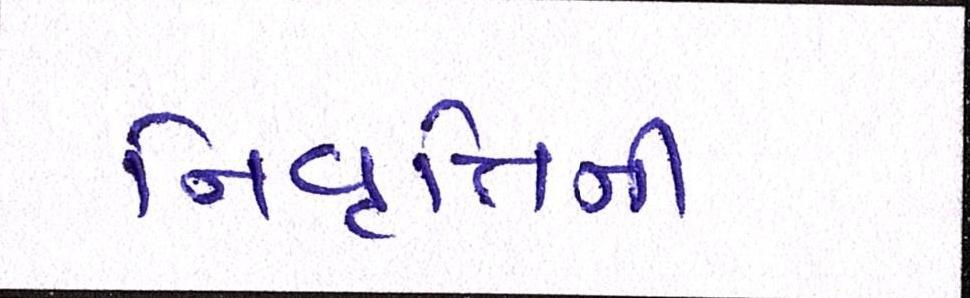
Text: નિવૃત્તિની